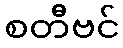
စတီဗင်